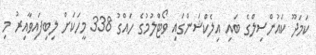
ކަމަދޫ ކައުންސިލްގެ ބައި އިލެކްޝަންގައި ވޯޓްލުމުގެ ހައްގު 338 މީހަކަށް ލިބިފައިވާއިރު މި